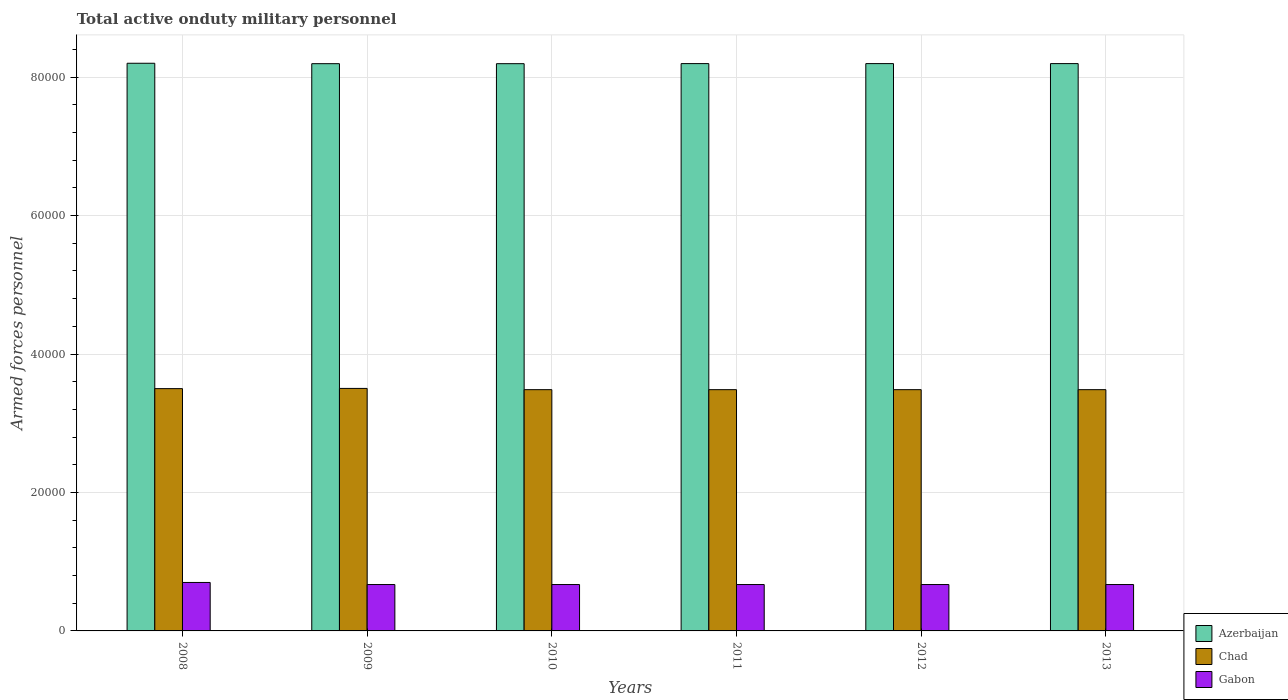
| Years | Azerbaijan | Chad | Gabon |
 | --- | --- | --- | --- |
 | 2008 | 8.2e+04 | 3.5e+04 | 7e+03 |
 | 2009 | 8.19e+04 | 3.5e+04 | 6.7e+03 |
 | 2010 | 8.19e+04 | 3.48e+04 | 6.7e+03 |
 | 2011 | 8.2e+04 | 3.48e+04 | 6.7e+03 |
 | 2012 | 8.2e+04 | 3.48e+04 | 6.7e+03 |
 | 2013 | 8.2e+04 | 3.48e+04 | 6.7e+03 |